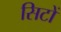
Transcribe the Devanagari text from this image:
सिटों